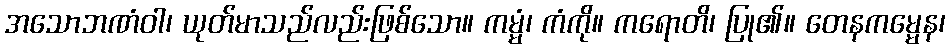
အသောဘဏံဝါ၊ ယုတ်မာသည်လည်းဖြစ်သော။ ကမ္မံ၊ ကံကို။ ကရောတိ၊ ပြု၏။ တေနကမ္မေန၊